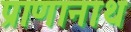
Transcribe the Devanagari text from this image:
प्राणानाथ